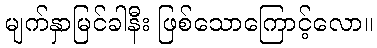
မျက်နှာမြင်ခါနီး ဖြစ်သောကြောင့်လော။